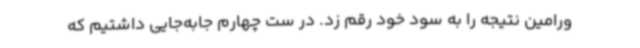
ورامین نتیجه را به سود خود رقم زد. در ست چهارم جابه‌جایی داشتیم که